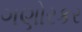
ગણોરકર